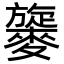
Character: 𪍧